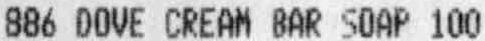
886 DOVE CREAM BAR SOAP 100